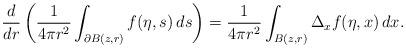
LaTeX: \begin{align*} \begin{aligned} \MoveEqLeft \frac{d}{dr}\left(\frac{1}{4\pi r^2}\int_{\partial B(z,r)}f(\eta,s)\, ds\right)=\frac{1}{4\pi r^2}\int_{B(z,r)}\Delta_x f(\eta,x)\,dx.\end{aligned}\end{align*}